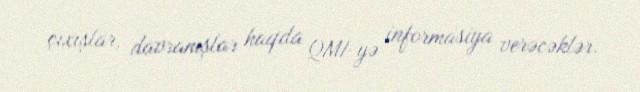
çıxışlar, davranışlar haqda QMİ-yə informasiya verəcəklər.